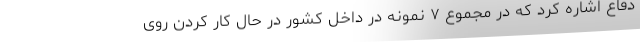
دفاع اشاره کرد که در مجموع ۷ نمونه در داخل کشور در حال کار کردن روی